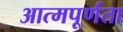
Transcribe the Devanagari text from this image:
आत्मपूर्णता